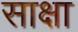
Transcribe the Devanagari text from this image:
साक्षा